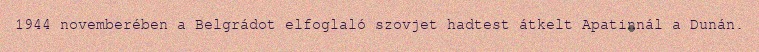
1944 novemberében a Belgrádot elfoglaló szovjet hadtest átkelt Apatinnál a Dunán.